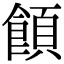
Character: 𩝗